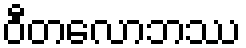
ဝီတလောဘဿ